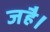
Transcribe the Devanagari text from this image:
जहै।